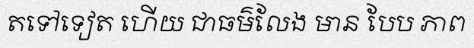
តទៅទៀត ហើយ ជាធម៌លែង មាន បែប ភាព